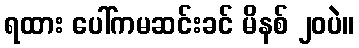
ရထား ပေါ်ကမဆင်းခင် မိနစ် ၂၀ပဲ။